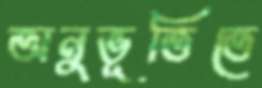
অনুভূতিতে